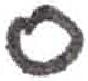
אות: ס